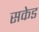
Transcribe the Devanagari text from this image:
सकेड